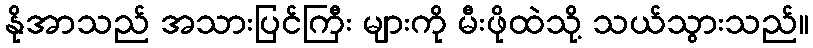
နိုအာသည် အသားပြင်ကြီး များကို မီးဖိုထဲသို့ သယ်သွားသည်။